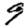
Digit: 9